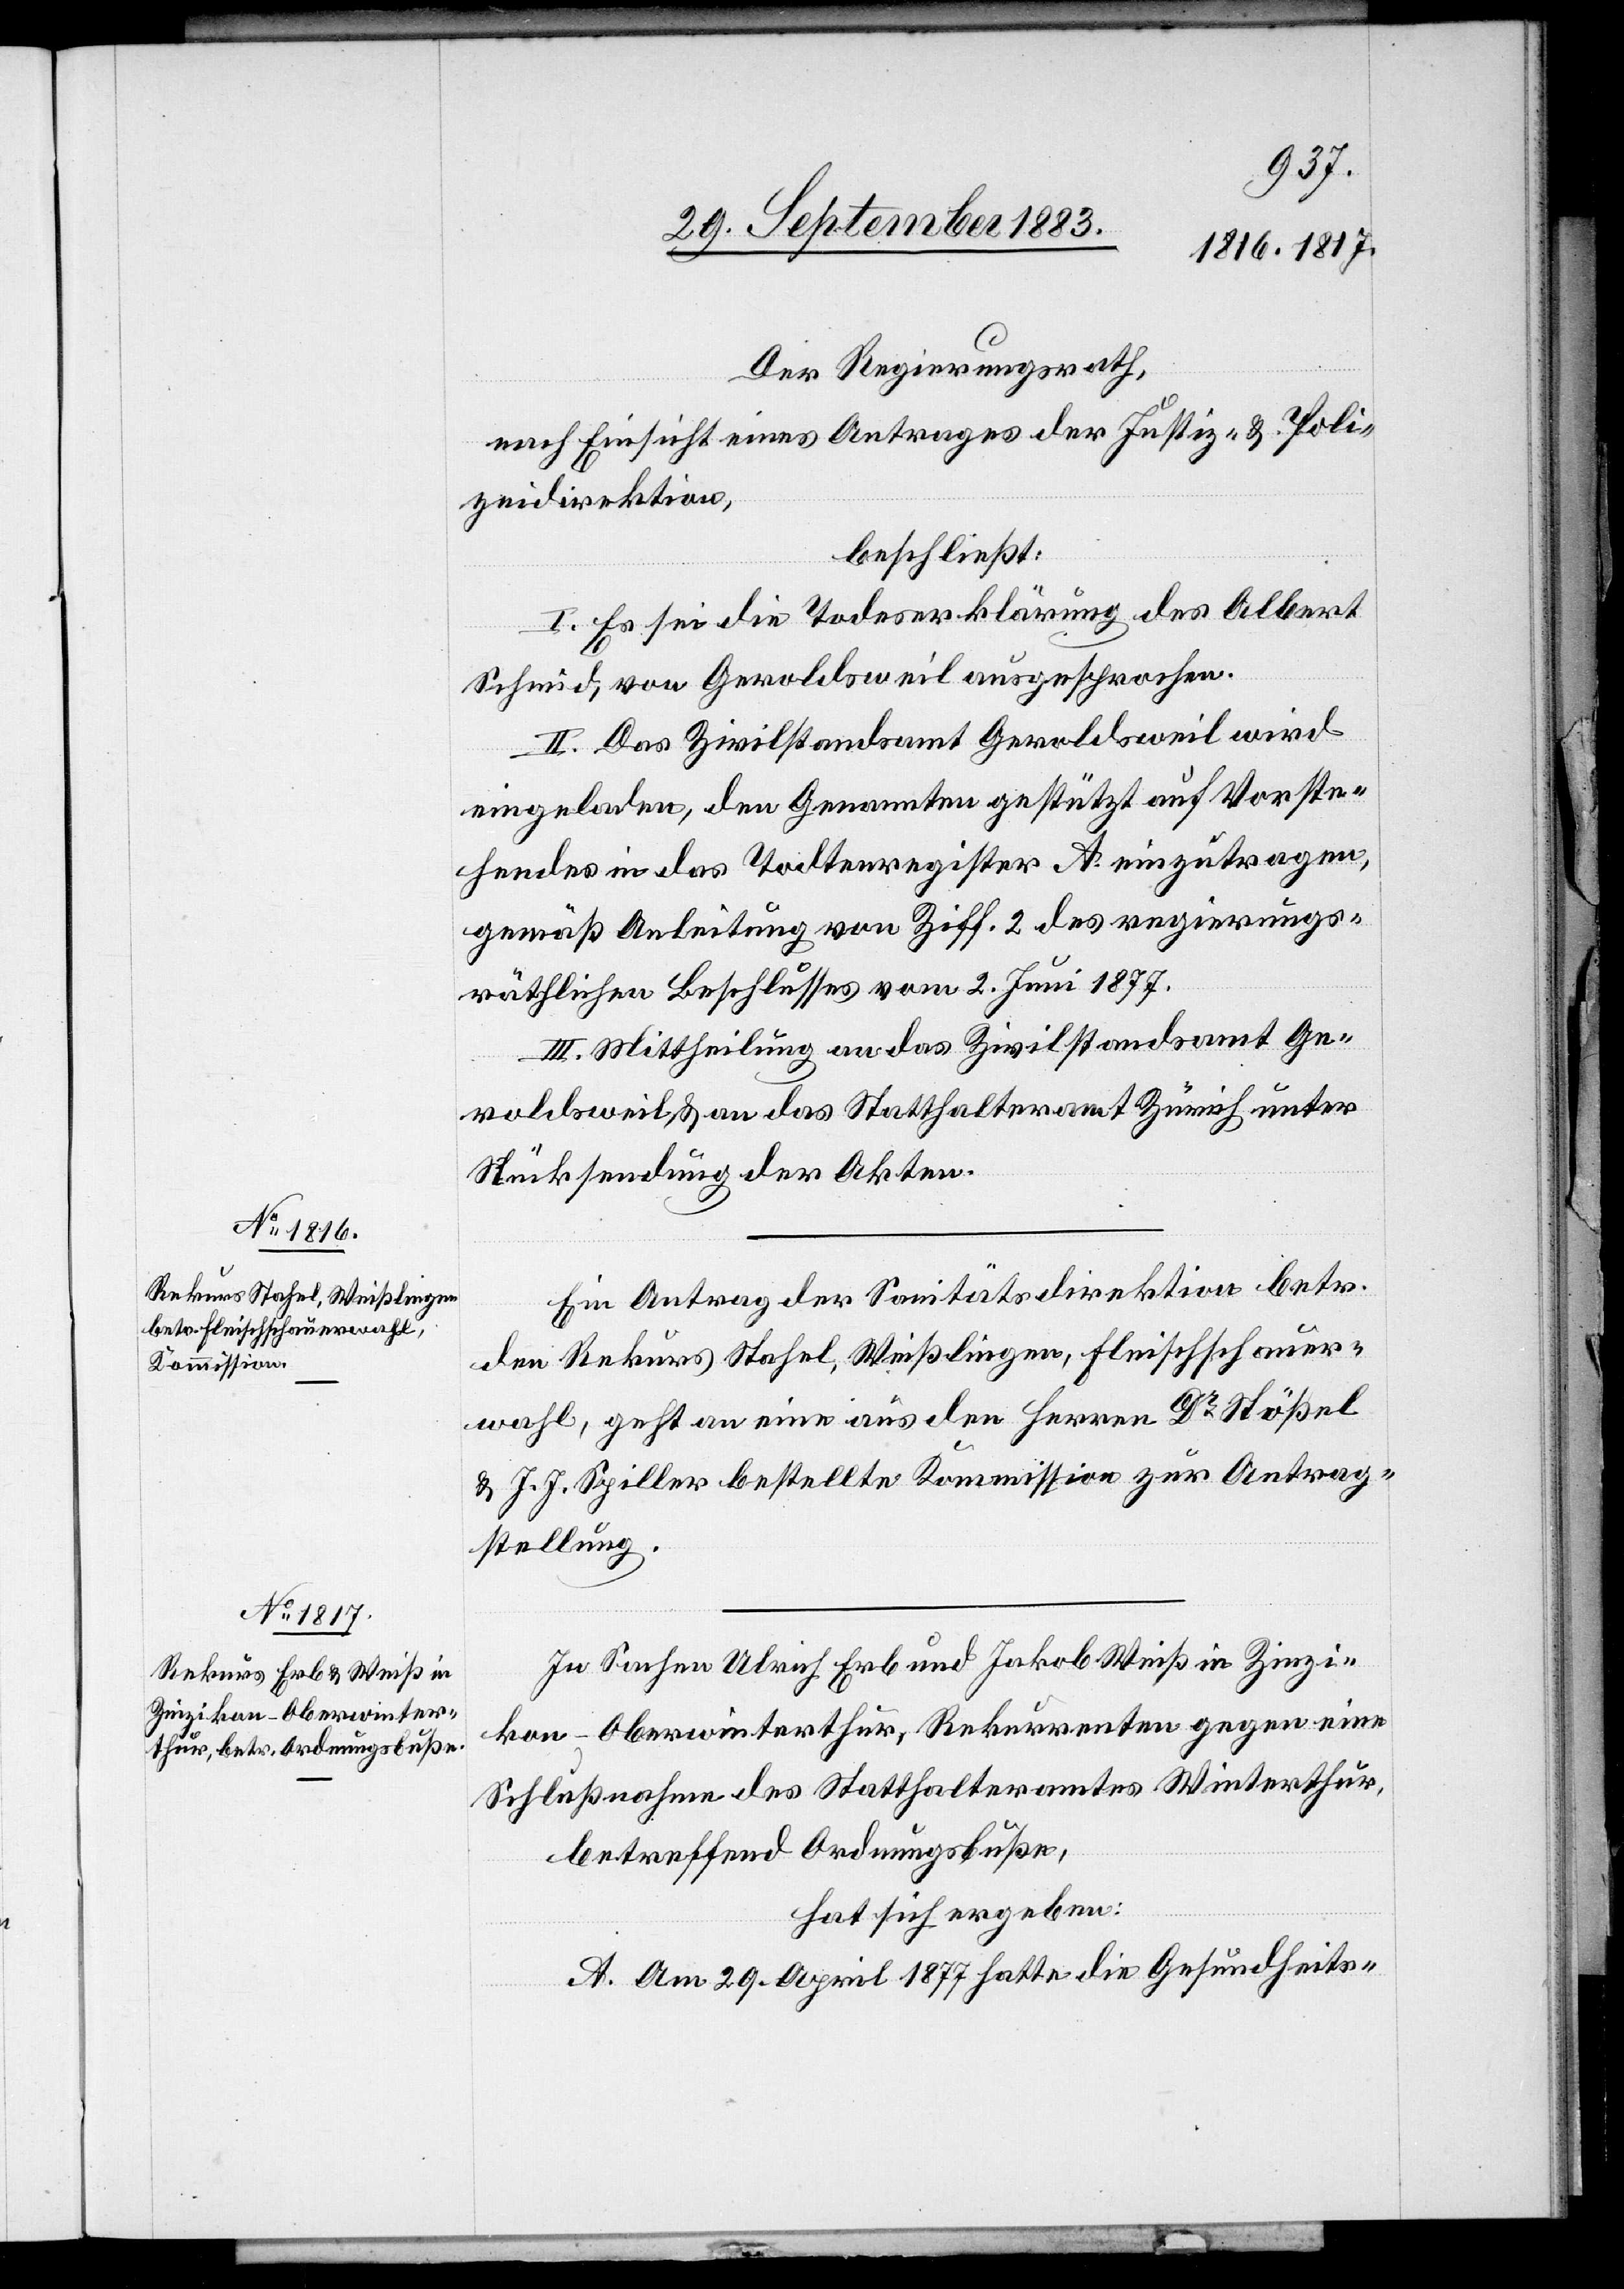
Der Regierungsrath,
nach Einsicht eines Antrages der Justiz- & Poli¬
zeidirektion,
beschließt:
I. Es sei die Todeserklärung des Albert
Schmid, von Geroldsweil ausgesprochen.
II. Das Zivilstandsamt Geroldsweil wird
eingeladen, den Genannten gestützt auf Vorste¬
hendes in das Todtenregister A einzutragen,
gemäß Anleitung von Ziff. 2 des regierungs¬
räthlichen Beschlusses vom 2. Juni 1877.
III. Mittheilung an das Zivilstandsamt Ge¬
roldsweil & an das Statthalteramt Zürich unter
Rücksendung der Akten.
Ein Antrag der Sanitätsdirektion betr.
den Rekurs Stahel, Weißlingen, Fleischschauer¬
wahl, geht an eine aus den Herren Dr Stößel
& J. J. Spiller bestellte Kommission zur Antrag¬
stellung.
In Sachen Ulrich Erb und Jakob Weiß in Zinzi¬
kon - Oberwinterthur, Rekurrenten gegen eine
Schlußnahme des Statthalteramtes Winterthur,
betreffend Ordnungsbuße,
hat sich ergeben:
A. Am 29. April 1877 hatte die Gesundheits-